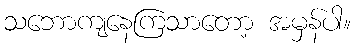
သဘောကျနေကြသာတော့ အမှန်ပါ။